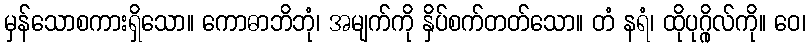
မှန်သောစကားရှိသော။ ကောဓာဘိဘုံ၊ အမျက်ကို နှိပ်စက်တတ်သော။ တံ နရံ၊ ထိုပုဂ္ဂိုလ်ကို။ ဝေ၊